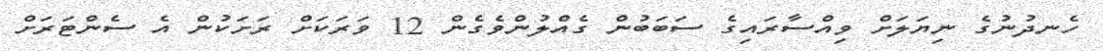
ހެނދުނުގެ ނިޔަލަށް ވިއްސާރައިގެ ސަބަބުން ގެއްލުންވެގެން 12 ވަރަކަށް ރަށަކުން އެ ސެންޓަރަށް